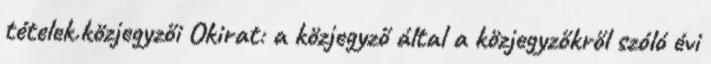
tételek.közjegyzői Okirat: a közjegyző által a közjegyzőkről szóló évi